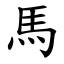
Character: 馬